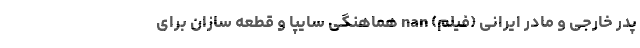
پدر خارجی و مادر ایرانی (فیلم) nan هماهنگی سایپا و قطعه سازان برای